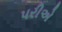
પરીએ